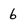
Character: 6